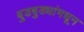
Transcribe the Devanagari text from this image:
बुडबुड्यांमधून